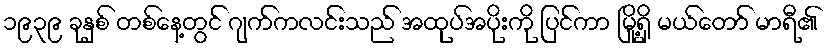
၁၉၃၉ ခုနှစ် တစ်နေ့တွင် ဂျက်ကလင်းသည် အထုပ်အပိုးကို ပြင်ကာ မြို့ရှိ မယ်တော် မာရီ၏